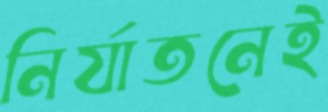
নির্যাতনেই